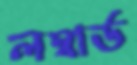
লম্বার্ড